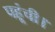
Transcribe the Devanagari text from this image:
पहूंची।